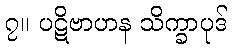
၇။ ပဋိဗာဟန သိက္ခာပုဒ်